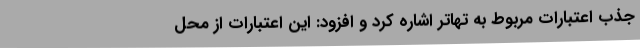
جذب اعتبارات مربوط به تهاتر اشاره کرد و افزود: این اعتبارات از محل